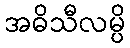
အဓိသီလမ္ပိ